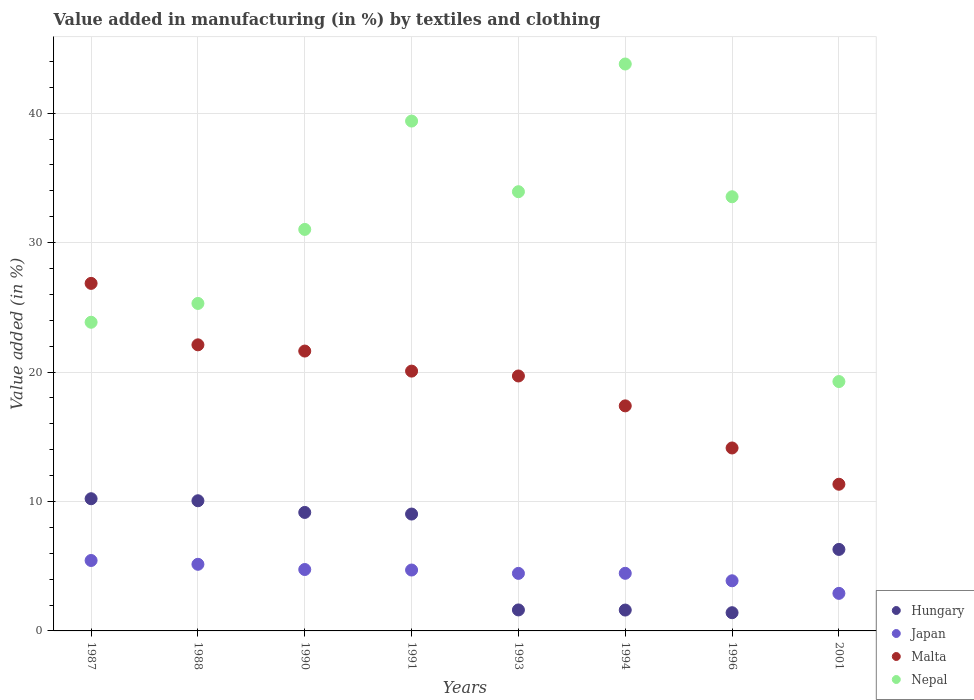
| Years | Hungary | Japan | Malta | Nepal |
 | --- | --- | --- | --- | --- |
 | 1987 | 10.2 | 5.44 | 26.8 | 23.8 |
 | 1988 | 10.1 | 5.15 | 22.1 | 25.3 |
 | 1990 | 9.15 | 4.74 | 21.6 | 31 |
 | 1991 | 9.03 | 4.7 | 20.1 | 39.4 |
 | 1993 | 1.62 | 4.45 | 19.7 | 33.9 |
 | 1994 | 1.61 | 4.45 | 17.4 | 43.8 |
 | 1996 | 1.41 | 3.87 | 14.1 | 33.5 |
 | 2001 | 6.3 | 2.9 | 11.3 | 19.3 |